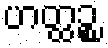
ဟတ္ထဉ္စ